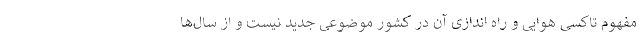
مفهوم تاکسی هوایی و راه اندازی آن در کشور موضوعی جدید نیست و از سال‌ها